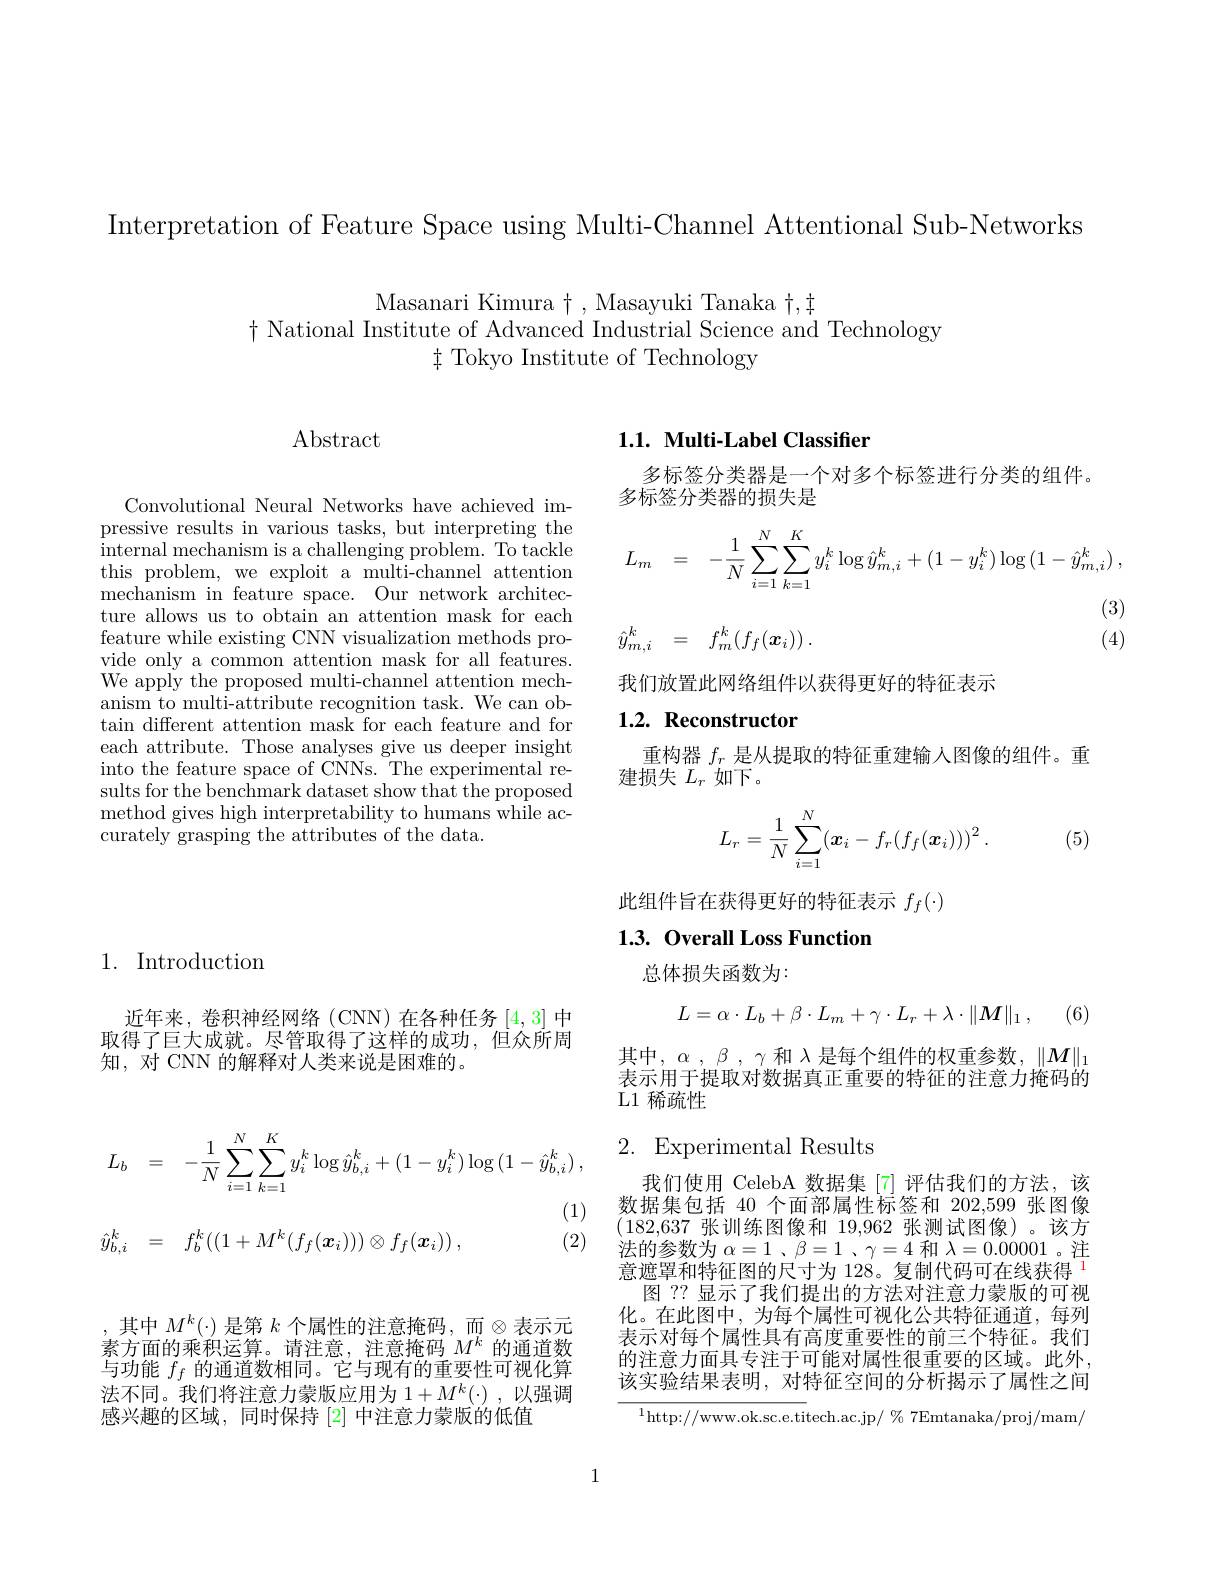
Interpretation of Feature Space using Multi-Channel Attentional Sub-Networks

Masanari Kimura $\dagger$, Masayuki Tanaka $\dagger,\pm$
$\dagger$ National Institute of Advanced Industrial Science and Technology
$\ddagger$ Tokyo Institute of Technology

$\operatorname{Abstract}$

Convolutional Neural Networks have achieved impressive results in various tasks, but interpreting the internal mechanism is a challenging problem. To tackle this problem, we exploit a multi-channel attention mechanism in feature space. Our network architecture allows us to obtain an attention mask for each feature while existing CNN visualization methods provide only a common attention mask for all features. We apply the proposed multi-channel attention mechanism to multi-attribute recognition task. We can obtain different attention mask for each feature and for each attribute. Those analyses give us deeper insight into the feature space of CNNs. The experimental results for the benchmark dataset show that the proposed method gives high interpretability to humans while accurately grasping the attributes of the data.

## 1.1. Multi-Label Classifier

多标签分类器是一个对多个标签进行分类的组件。
多标签分类器的损失是
$$\begin{aligned}&L_{m}&&=\quad-\frac{1}{N}\sum_{i=1}^{N}\sum_{k=1}^{K}y_{i}^{k}\log\hat{y}_{m,i}^{k}+(1-y_{i}^{k})\log\left(1-\hat{y}_{m,i}^{k}\right),\\&\hat{y}_{m,i}^{k}&&=\quad f_{m}^{k}(f_{f}(\boldsymbol{x}_{i}))\:.&\text{(3)}\end{aligned}$$
1. Introduction

近年来，卷积神经网络(CNN)在各种任务[4,3]中取得了巨大成就。尽管取得了这样的成功，但众所周知，对 CNN 的解释对人类来说是困难的。

我们放置此网络组件以获得更好的特征表示

## 1.2. Reconstructor

重构器$f_r$是从提取的特征重建输人图像的组件。重
建损失$L_r$如下。
$$L_r=\frac{1}{N}\sum_{i=1}^N(\boldsymbol{x}_i-f_r(f_f(\boldsymbol{x}_i)))^2\:.$$
(5)

此组件旨在获得更好的特征表示$f_f(\cdot)$

## 1.3.0verall Loss Function

总体损失函数为：
$$L=\alpha\cdot L_b+\beta\cdot L_m+\gamma\cdot L_r+\lambda\cdot\|\boldsymbol{M}\|_1\:,$$
其中，$\alpha$ , $\beta$ , $\gamma$和$\lambda$是每个组件的权重参数，$\|M\|_1$ 表示用于提取对数据真正重要的特征的注意力掩码的L1 稀疏性

# 2. Experimental Results

我们使用 CelebA 数据集[7]评估我们的方法，该数据集包括 40 个面部属性标签和 202,599 张图像(182,637张训练图像和 19,962 张测试图像)。该方法的参数为$\alpha = 1$ $、 \beta = 1$ $、 \gamma = 4$和$\lambda=0.00001$ 。注意遮罩和特征图的尺寸为 128。复制代码可在线获得$^{[\mathrm{l}]}$
图 ?? 显示了我们提出的方法对注意力蒙版的可视化。在此图中，为每个属性可视化公共特征通道，每列表示对每个属性具有高度重要性的前三个特征。我们的注意力面具专注于可能对属性很重要的区域。此外， 该实验结果表明，对特征空间的分析揭示了属性之间

${^{1}\mathrm{http://www.ok.sc.e.titech.ac.jp/~\%~7Emtanaka/proj/mam/}}$
$$\begin{aligned}&L_{b}&&=\quad-\frac{1}{N}\sum_{i=1}^{N}\sum_{k=1}^{K}y_{i}^{k}\log\hat{y}_{b,i}^{k}+(1-y_{i}^{k})\log\left(1-\hat{y}_{b,i}^{k}\right),\\&&&(1)\\&\hat{y}_{b,i}^{k}&&=\quad f_{b}^{k}((1+M^{k}(f_{f}(\boldsymbol{x}_{i})))\otimes f_{f}(\boldsymbol{x}_{i}))\:,&&(2)\end{aligned}$$
,其中 $M^k(\cdot)$ 是第 $k$ 个属性的注意掩码，而$\otimes$表示元素方面的乘积运算。请注意，注意掩码$M^k$的通道数与功能$f_f$的通道数相同。它与现有的重要性可视化算法不同。我们将注意力蒙版应用为$1+M^k(\cdot)$,以强调感兴趣的区域，同时保持 [2] 中注意力蒙版的低值

1